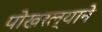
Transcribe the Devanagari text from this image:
पोखरल्याने